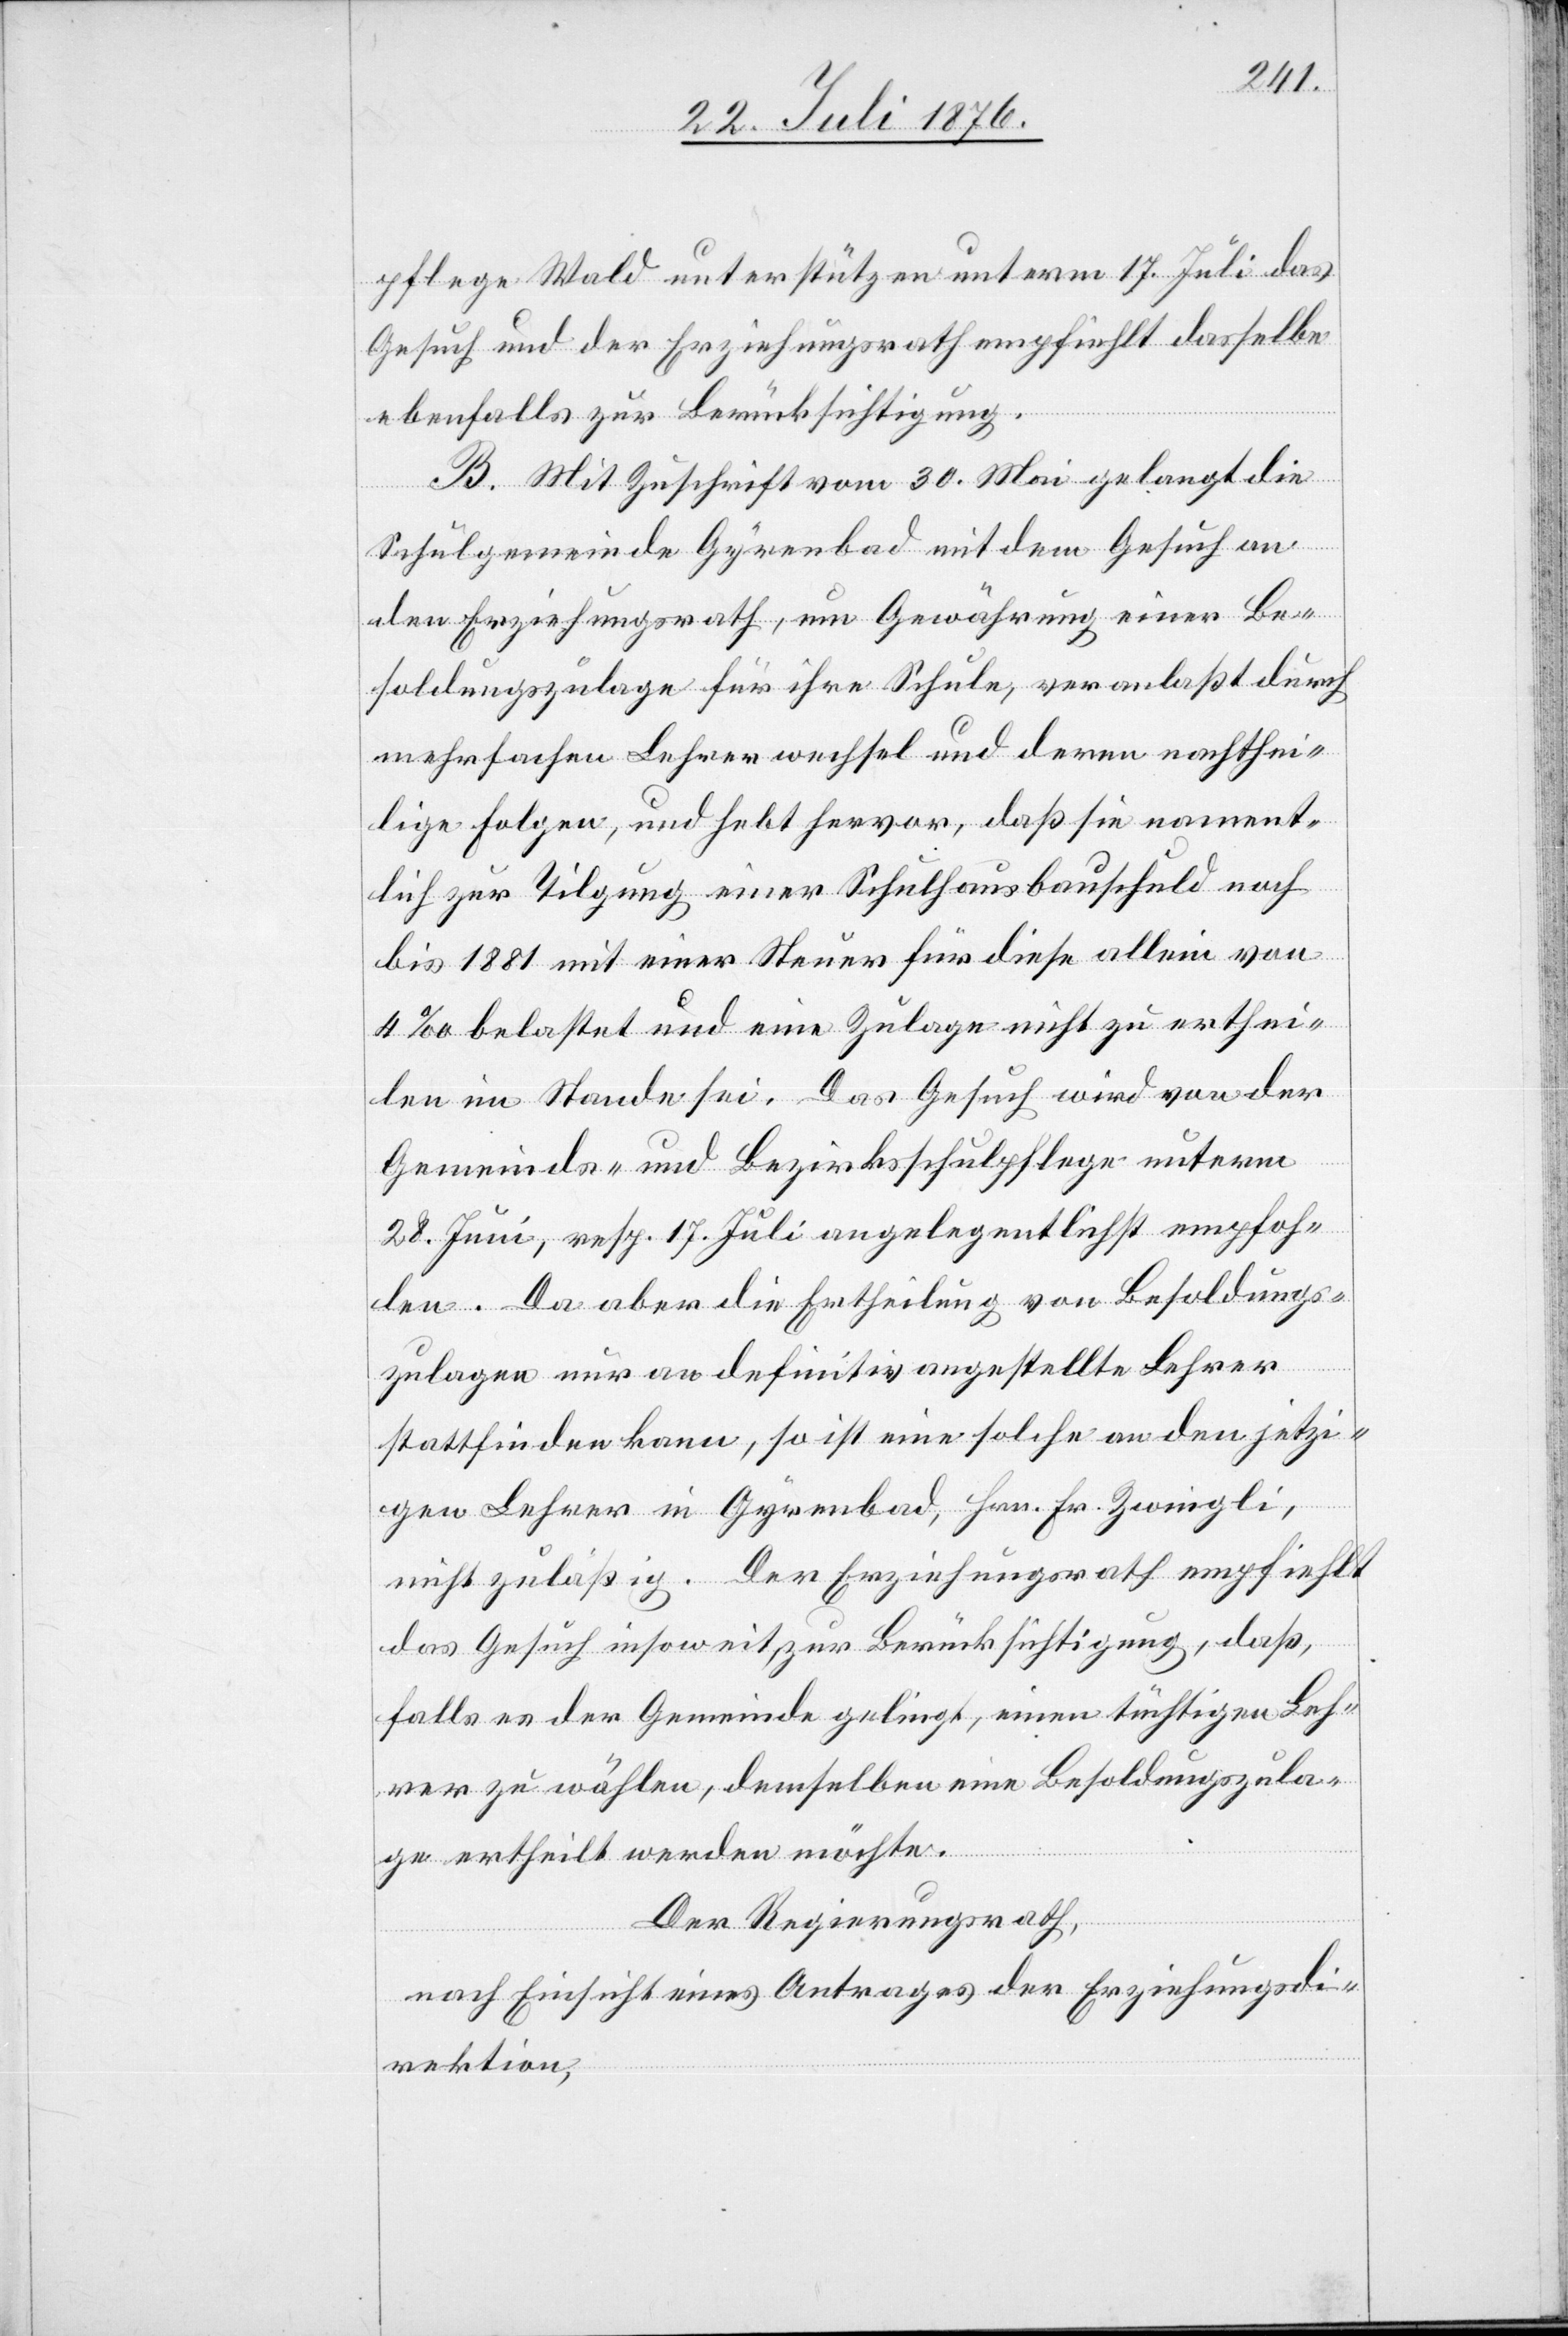
pflege Wald unterstützen unterm 17. Juli das
Gesuch und der Erziehungsrath empfiehlt dasselbe
ebenfalls zur Berücksichtigung.
B. Mit Zuschrift vom 30. Mai gelangt die
Schulgemeinde Gyrenbad mit dem Gesuch an
den Erziehungsrath, um Gewährung einer Be¬
soldungszulage für ihre Schule, veranlaßt durch
mehrfachen Lehrerwechsel und deren nachthei¬
lige Folgen, und hebt hervor, daß sie nament¬
lich zur Tilgung einer Schulhausbauschuld noch
bis 1881 mit einer Steuer für diese allein von
4 ‰ belastet und eine Zulage nicht zu erthei¬
len im Stande sei. Das Gesuch wird von der
Gemeinds- und Bezirksschulpflege unterm
28. Juni, resp. 17. Juli angelegentlich empfoh¬
len. Da aber die Ertheilung von Besoldungs¬
zulagen nur an definitiv angestellte Lehrer
stattfinden kann, so ist eine solche an den jetzi¬
gen Lehrer in Gyrenbad, Hrn. Fr. Zwingli,
nicht zuläßig. Der Erziehungsrath empfiehlt
das Gesuch insoweit, zur Berücksichtigung, daß,
falls es der Gemeinde gelingt, einen tüchtigen Leh¬
rer zu wählen, demselben eine Besoldungszula¬
ge ertheilt werden möchte.
Der Regierungsrath,
nach Einsicht eines Antrages der Erziehungsdi¬
rektion,